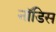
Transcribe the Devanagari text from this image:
नॉडिस